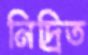
নিদ্রিত